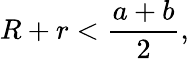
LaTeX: R+r<{\frac{a+b}{2}},